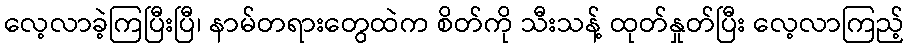
လေ့လာခဲ့ကြပြီးပြီ၊ နာမ်တရားတွေထဲက စိတ်ကို သီးသန့် ထုတ်နှုတ်ပြီး လေ့လာကြည့်